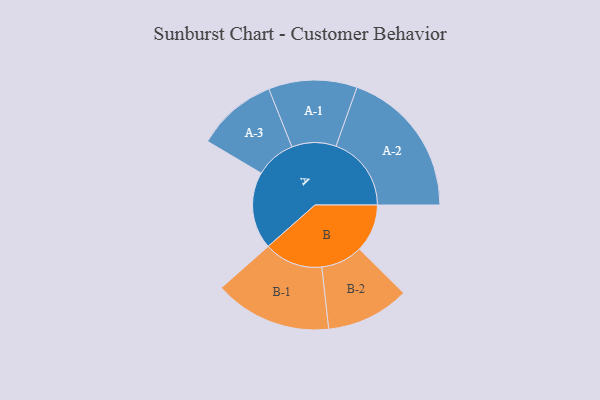
{"axis": {"x": "Segment", "y": "Value"}, "legend": ["", "A", "B"], "data": [{"x": "A", "y": 293, "type": ""}, {"x": "B", "y": 182, "type": ""}, {"x": "A-1", "y": 168, "type": "A"}, {"x": "A-2", "y": 286, "type": "A"}, {"x": "A-3", "y": 153, "type": "A"}, {"x": "B-1", "y": 223, "type": "B"}, {"x": "B-2", "y": 158, "type": "B"}]}